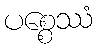
ပစ္စေဿံ